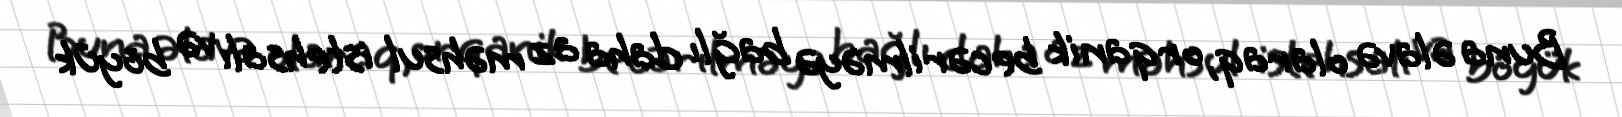
Buna əlavə olaraq, orqanik becərilməyə bağlı daha az məhsul istehsalı və böyük